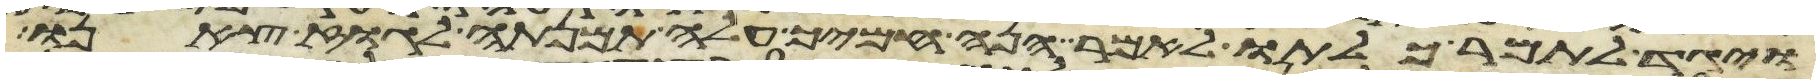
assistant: ויגד לתמר כלתו לאמר הנה חמיך עלה תמנתה לגוז צאנו